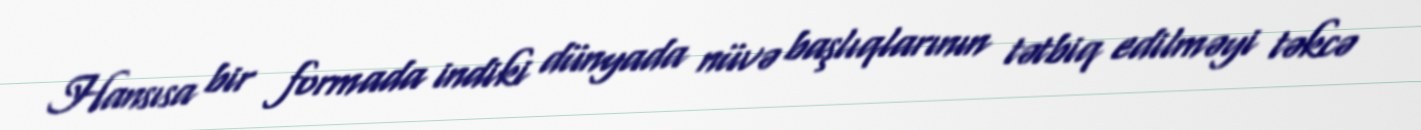
Hansısa bir formada indiki dünyada nüvə başlıqlarının tətbiq edilməyi təkcə